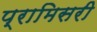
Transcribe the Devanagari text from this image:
प्रामिसरी